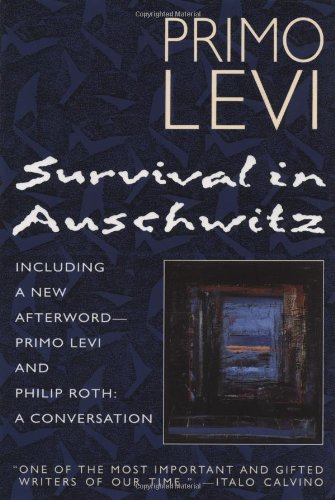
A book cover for Survival In Auschwitz; Primo Levi; Biographies & Memoirs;